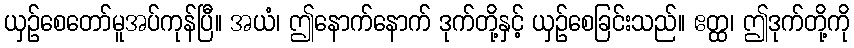
ယှဉ်စေတော်မူအပ်ကုန်ပြီ။ အယံ၊ ဤနောက်နောက် ဒုက်တို့နှင့် ယှဉ်စေခြင်းသည်။ ဧတ္ထ၊ ဤဒုက်တို့ကို